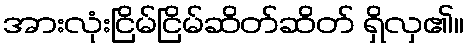
အားလုံးငြိမ်ငြိမ်ဆိတ်ဆိတ် ရှိလှ၏။